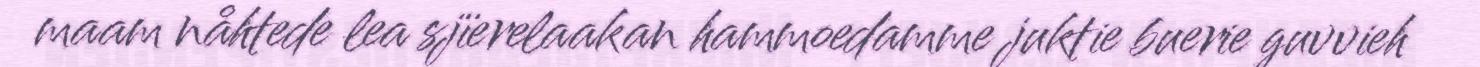
maam nåhtede lea sjïerelaakan hammoedamme juktie buerie guvvieh